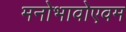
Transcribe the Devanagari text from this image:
मनोभावोएवम